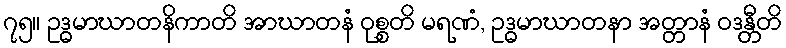
၇၅။ ဥဒ္ဓမာဃာတနိကာတိ အာဃာတနံ ဝုစ္စတိ မရဏံ, ဥဒ္ဓမာဃာတနာ အတ္တာနံ ဝဒန္တီတိ